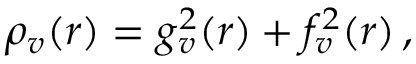
\begin{array} { r } { \rho _ { v } ( r ) = g _ { v } ^ { 2 } ( r ) + f _ { v } ^ { 2 } ( r ) \, , } \end{array}